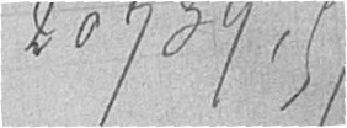
20739,57